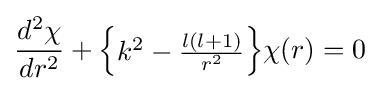
{\frac {d^{2}\chi }{dr^{2}}}+{\begin{Bmatrix}k^{2}-{\frac {l(l+1)}{r^{2}}}\end{Bmatrix}}\chi (r)=0